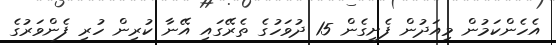
އެހެންކަމުން މިއަދުން ފެށިގެން 15 ދުވަހުގެ ތެރޭގައި އޭނާ ކުރިން ހުރި ފެންވަރުގެ